system: You are a helpful assistant.
user:
Analyze the provided spectrum to determine if it is a **White Dwarf (WD)**.

A White Dwarf spectrum is defined by its **extreme purity** (due to gravitational settling) and/or **extreme pressure broadening** (due to high surface gravity). You must check for one of the following mutually exclusive signatures:

- **Key Visual Indicators (Check for ONE of these types):**

    - **1. DA-Type Signature (Most Common):**
        - **(Primary Feature):** Extreme pressure broadening (Stark broadening) of the **Hydrogen (H) Balmer lines**.
        - **(Key Lines):** $H\beta$ (approx. $4861$ Å) and $H\gamma$ (approx. $4340$ Å). $H\alpha$ (approx. $6563$ Å) will also be present if the wavelength range covers it.
        - **(Line Profile):** This is the **defining feature**. The lines are **NOT** sharp. They appear as massive, **extremely broad and deep "troughs" or "dips"** in the spectrum, often hundreds of Ångströms wide. The continuum will appear to "scoop" down at these wavelengths.
        - **(Distinction):** Normal A-type or B-type stars have *narrow* and *sharp* Hydrogen lines. A DA White Dwarf's lines are unmistakably "smeared" or "blurry" from pressure.

    - **2. DB-Type Signature:**
        - **(Primary Feature):** Broad absorption lines from **Neutral Helium (He I)**. The spectrum must lack any visible Hydrogen lines.
        - **(Key Lines):** Look for broad absorption near $4471$ Å, $4921$ Å, and $5876$ Å.
        - **(Line Profile):** These lines are also significantly pressure-broadened, appearing much wider than they would in a normal B-type main-sequence star.

    - **3. DC-Type Signature:**
        - **(Primary Feature):** A **featureless continuous spectrum**.
        - **(Line Profile):** The spectrum is a smooth curve with **no significant absorption or emission lines**.
        - **(Key Confirmation):** The continuum is almost always **blue or white**, indicating a hot object. This signature implies the atmosphere is so pure (or so cool) that no spectral lines are visible in the optical range. Its WD identity is confirmed by its extremely low intrinsic brightness (high absolute magnitude).

    - **4. DZ-Type Signature (Metal-Polluted):**
        - **(Primary Feature):** **Isolated, narrow metal absorption lines** on an otherwise featureless (DC-like) continuum.
        - **(Key Lines):** The **Calcium (Ca II) H & K doublet** (approx. **$3934$ Å** and **$3968$ Å**) is the most common and defining feature.
        - **(Line Profile):** These lines are "out of place." They are *not* part of a "forest" of thousands of lines. This signature is evidence of recent *accretion* (pollution) from rocky debris.
        - **(Distinction):** Normal G/K/M stars have a *dense forest* of thousands of metal lines. A DZ has a *clean* continuum with *only a few* strong metal lines.

    - **5. DQ-Type Signature (Carbon-Polluted):**
        - **(Primary Feature):** Absorption bands from **Carbon (C₂ "Swan Bands" or atomic C I)**.
        - **(Key Lines - C₂):** Look for bandheads with a "saw-tooth" shape near $5635$ Å, **$5165$ Å** (strongest), and $4737$ Å.
        - **(Key Confirmation):** The underlying **continuum must be blue or white** (hot).
        - **(Distinction):** This is the critical difference from a **Carbon Star**, which has the *exact same* C₂ bands but on an extremely **red, cool** continuum.

- **(Overall Spectrum):**
    - The continuum (overall shape) is typically **blue-sloping** (brighter in the blue than the red), as most white dwarfs are very hot.
    - The spectrum will look "pure" or "simple," dominated by only *one* of the five signatures listed above.

Think first, call **spectral_visualization_tool** if needed to examine features in detail, then provide your final answer. Your response must adhere to the following strict rules:
1.  **Overall Structure:** Your response must follow the format `<think>...</think> <tool_call>...</tool_call> (if a tool is used) <answer>...</answer>`.
2.  **Tool Usage Constraint:** You may only make **one** tool call per turn.
3.  **Final Answer Format:** In the `<answer>` tag, your conclusion must be inside a `\boxed{}` command (e.g., `\boxed{YES}` or `\boxed{NO}`), followed by your justification.

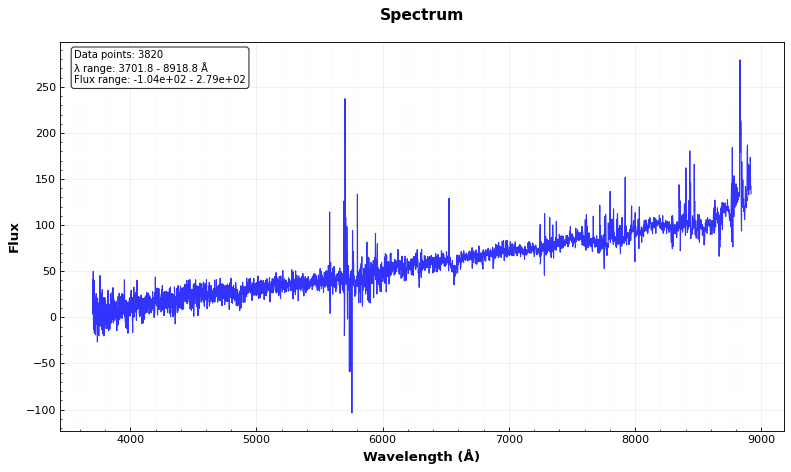
Answer: YES